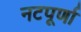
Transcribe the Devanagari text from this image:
नटपूर्णा